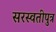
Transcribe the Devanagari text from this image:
सरस्वतीपुत्र